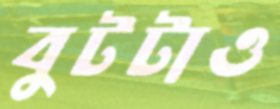
বুটটাও